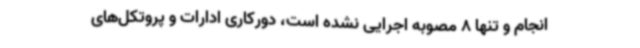
انجام و تنها 8 مصوبه اجرایی نشده است، دورکاری ادارات و پروتکل‌های